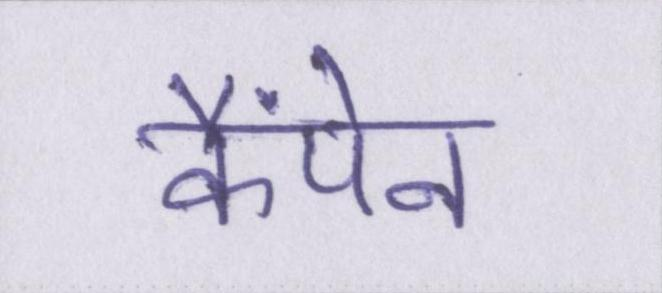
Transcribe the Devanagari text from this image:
कैंपेन